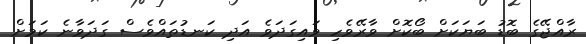
ރާއްޖޭގެ ބޮޑު ބަޔަކަށް ބޯކޮށް ވާރޭވެހި ވައިގަދަވެ އަދި ކަނޑުތައްވެސް ގަދަވާނެ ކަމަށް